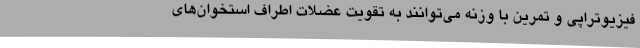
فیزیوتراپی و تمرین با وزنه می‌توانند به تقویت عضلات اطراف استخوان‌های